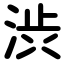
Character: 渋